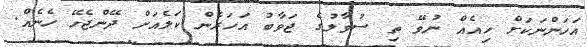
އަހަންނަކަށް ހިއެއް ނުވޭ ތި ސުވާލުގެ ޖަވާބު އަހަރެން ކަލެއަށް ދޭންޖެހޭ ހެނެއް.